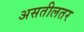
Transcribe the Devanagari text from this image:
असतीलतर